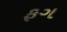
ફગ